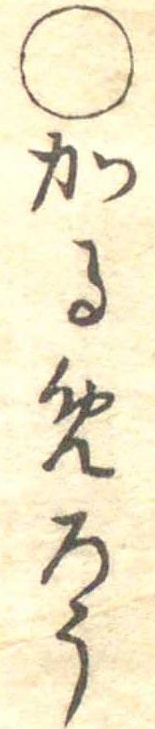
○かるめろう